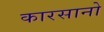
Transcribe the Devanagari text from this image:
कारसानो